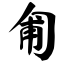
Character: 匍